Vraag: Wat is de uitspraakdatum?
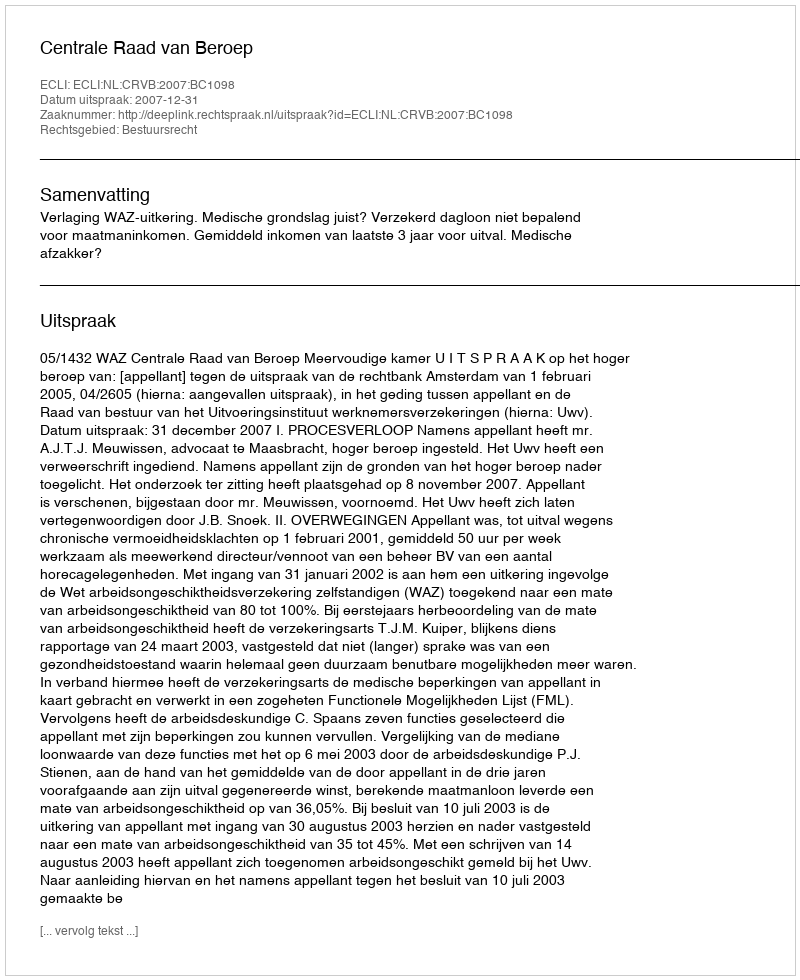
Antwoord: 2007-12-31